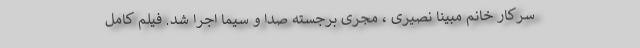
سرکار خانم مبینا نصیری ، مجری برجسته صدا و سیما اجرا شد. فیلم کامل